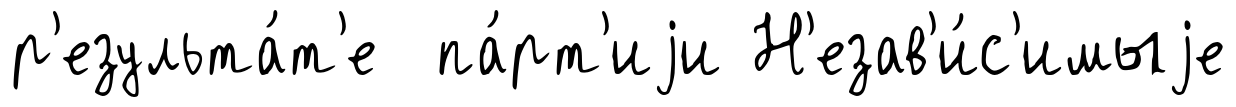
р'езульта́т'е па́рт'иjи Н'езав'и́с'имыjе